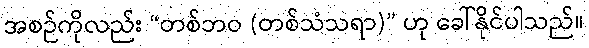
အစဉ်ကိုလည်း “တစ်ဘဝ (တစ်သံသရာ)” ဟု ခေါ်နိုင်ပါသည်။